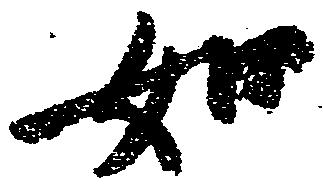
如